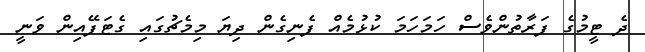
ދެ ޓީމުގެ ފަރާތުންވެސް ހަމަހަމަ ކުޅުމެއް ފެނިގެން ދިޔަ މިމެޗުގައި ގެޓަފޭއިން ވަނީ